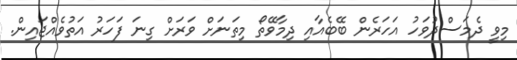
މިވީ ދެމަސްދުވަހު އަހަރެން ބޭބެއާއި ދިމާވޭތޯ މިތަނަށް ވަރަށް ގިނަ ފަހަރު އަތުވެއްޖައިން.